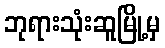
ဘုရားသုံးဆူမြို့မှ